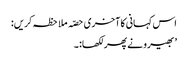
اس کہانی کا آخری حصّہ ملاحظہ کریں:
’ بھیرو نے پھر لکھا:۔